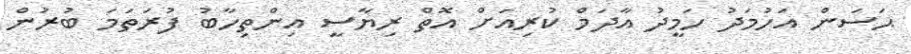
ޙަސަން އަހުމަދު ހަމީދު އާދަމް ކުރިއަށް އޮތް ރިޔާސީ އިންތިހާބު ފުރަތަމަ ބުރުން